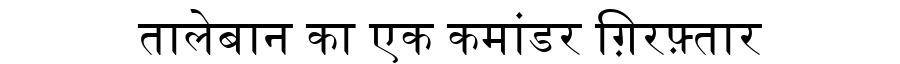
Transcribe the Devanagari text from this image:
तालेबान का एक कमांडर ग़िरफ़्तार